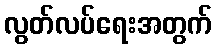
လွတ်လပ်ရေးအတွက်